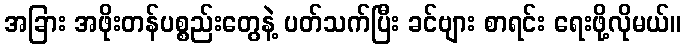
အခြား အဖိုးတန်ပစ္စည်းတွေနဲ့ ပတ်သက်ပြီး ခင်ဗျား စာရင်း ရေးဖို့လိုမယ်။